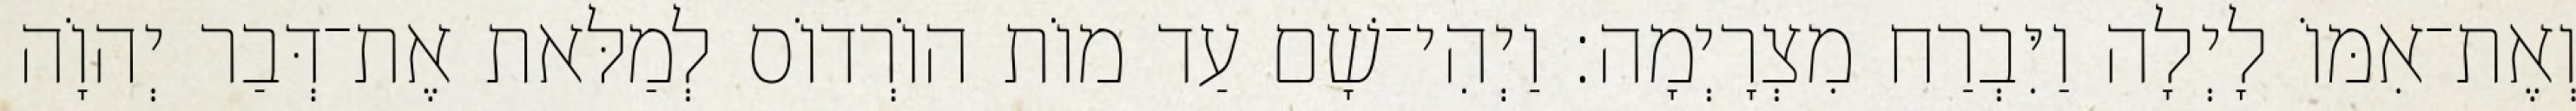
וְאֶת־אִמּוֹ לָיְלָה וַיִּבְרַח מִצְרָיְמָה׃ וַיְהִי־שָׁם עַד מוֹת הוֹרְדוֹס לְמַלּאת אֶת־דְּבַר יְהוָֹה